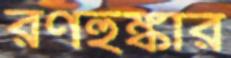
রণহুঙ্কার